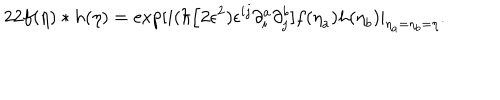
2 2 f ( { \bf \eta } ) * h ( { \bf \eta } ) = \exp [ i ( \hbar / 2 \epsilon ^ { 2 } ) \epsilon ^ { i j } \partial _ { i } ^ { a } \partial _ { j } ^ { b } ] f ( { \bf \eta } _ { a } ) h ( { \bf \eta } _ { b } ) | _ { { \bf \eta } _ { a } = { \bf \eta } _ { b } = { \bf \eta } } .